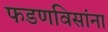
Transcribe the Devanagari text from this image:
फडणविसांना